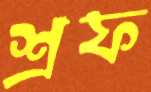
শ্রফ